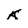
Character: k